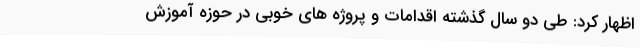
اظهار کرد: طی دو سال گذشته اقدامات و پروژه های خوبی در حوزه آموزش